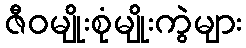
ဇီဝမျိုးစုံမျိုးကွဲများ